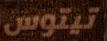
تيتوس